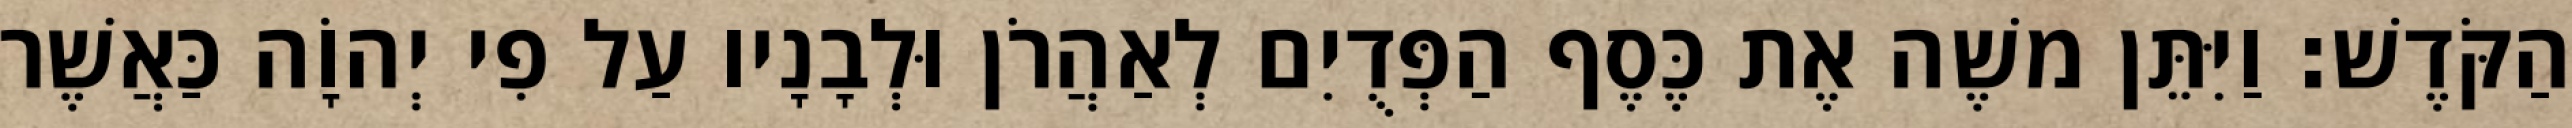
הַקֹּדֶשׁ׃ וַיִּתֵּן משֶׁה אֶת כֶּסֶף הַפְּדֻיִם לְאַהֲרֹן וּלְבָנָיו עַל פִי יְהוָֹה כַּאֲשֶׁר